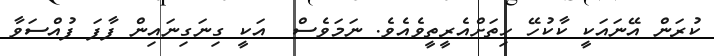
ކުރަން އޭނައަކީ ކާކުހޭ ހިތަށްއެރީތީވެއެވެ. ނަމަވެސް  އަކީ ގިނަގިނައިން ފާފަ ފުއްސަވާ